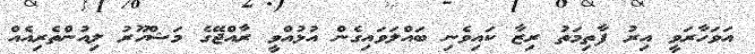
އަވަހާރަވީ އިރު ފާތިމަތު ރިޒާ ކައިވެނި ބައްލަވައިގެން އުޅުއްވީ ރާއްޖޭގެ މަޝްހޫރު ލިއުންތެރިއެއް